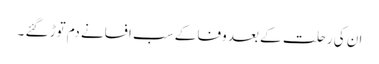
ان کی رحلت کے بعد وفا کے سب افسانے دم توڑ گئے ۔